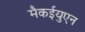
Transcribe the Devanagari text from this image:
मैकईयुएन